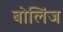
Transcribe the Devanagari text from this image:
बोलिंज